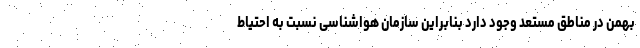
بهمن در مناطق مستعد وجود دارد بنابراین سازمان هواشناسی نسبت به احتیاط